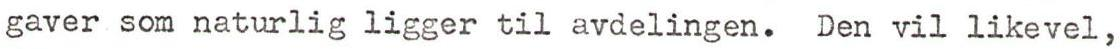
gaver som naturlig ligger til avdelingen. Den vil likevel,